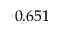
0 . 6 5 1